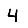
Digit: 4